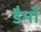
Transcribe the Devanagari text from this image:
डैमों